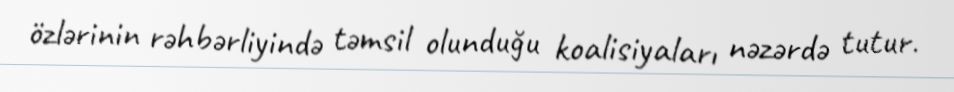
özlərinin rəhbərliyində təmsil olunduğu koalisiyaları nəzərdə tutur.